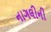
નાગલીની